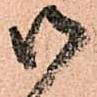
御